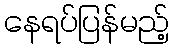
နေရပ်ပြန်မည့်